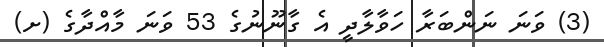
(3) ވަނަ ނަންބަރާ ހަވާލާދީ އެ ގާނޫނުގެ 53 ވަނަ މާއްދާގެ (ށ)